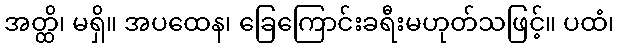
အတ္ထိ၊ မရှိ။ အပထေန၊ ခြေကြောင်းခရီးမဟုတ်သဖြင့်။ ပထံ၊